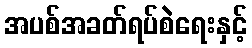
အပစ်အခတ်ရပ်စဲရေးနှင့်